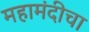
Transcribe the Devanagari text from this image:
महामंदीचा